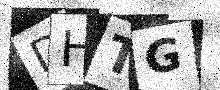
Text: DHTG